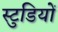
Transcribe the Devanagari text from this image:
स्टुडियों